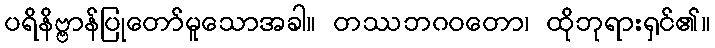
ပရိနိဗ္ဗာန်ပြုတော်မူသောအခါ။ တဿဘဂဝတော၊ ထိုဘုရားရှင်၏။